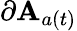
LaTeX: \partial\mathbf{A}_{a(t)}